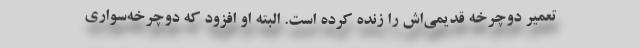
تعمیر دوچرخه قدیمی‌اش را زنده کرده است. البته او افزود که دوچرخه‌سواری